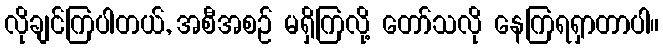
လိုချင်ကြပါတယ်, အစီအစဉ် မရှိကြလို့ တော်သလို နေကြရရှာတာပါ။